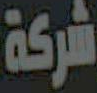
شركة